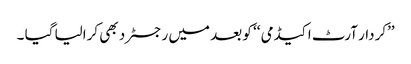
’’کردار آرٹ اکیڈمی ‘‘ کو بعد میں رجسٹرد بھی کرالیا گیا ۔